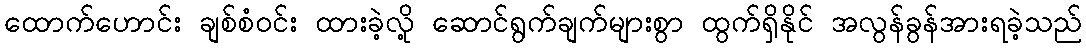
ထောက်ဟောင်း ချစ်စံဝင်း ထားခဲ့လို့ ဆောင်ရွက်ချက်များစွာ ထွက်ရှိနိုင် အလွန်ခွန်အားရခဲ့သည်